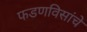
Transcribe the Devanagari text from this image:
फडणविसांचे